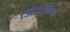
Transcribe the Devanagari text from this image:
जिनेलिया